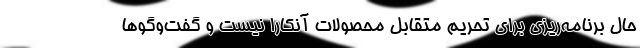
حال برنامه‌ریزی برای تحریم متقابل محصولات آنکارا نیست و گفت‌و‌گوها